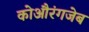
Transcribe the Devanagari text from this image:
कोऔरंगजेब